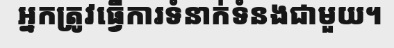
អ្នកត្រូវធ្វើការទំនាក់ទំនងជាមួយ។